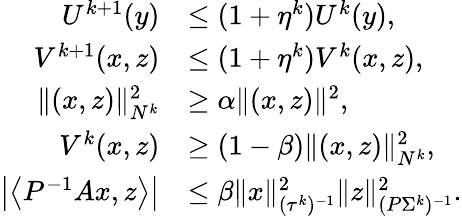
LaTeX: \begin{array}{rl}{U^{k+1}(y)}&{\leq(1+\eta^{k})U^{k}(y),}\\ {V^{k+1}(x,z)}&{\leq(1+\eta^{k})V^{k}(x,z),}\\ {\| (x,z)\| _{N^{k}}^{2}}&{\geq\alpha\| (x,z)\| ^{2},}\\ {V^{k}(x,z)}&{\geq(1-\beta)\| (x,z)\| _{N^{k}}^{2},}\\ {\left|\left\langle P^{-1}Ax,z\right\rangle\right|}&{\leq\beta\| x\| _{(\tau^{k})^{-1}}^{2}\| z\| _{(P\Sigma^{k})^{-1}}^{2}.}\end{array}